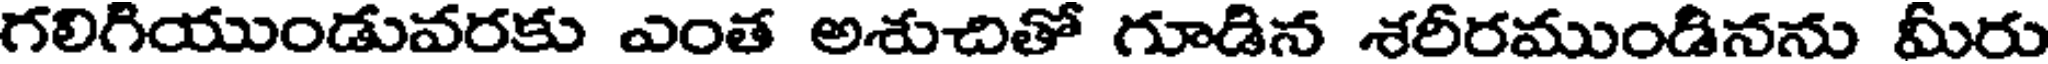
గలిగియుండువరకు ఎంత అశుచితో గూడిన శరీరముండినను మీరు